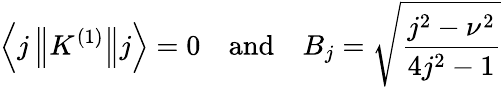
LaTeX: \left\langle j\left\| K^{(1)}\right\| j\right\rangle=0\quad{\mathrm{and}}\quad B_{j}={\sqrt{\frac{j^{2}-\nu^{2}}{4j^{2}-1}}}